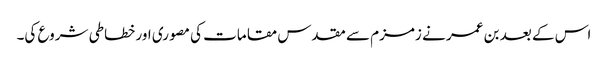
اس کے بعد بن عمر نے زمزم سے مقدس مقامات کی مصوری اور خطاطی شروع کی۔